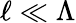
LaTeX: \ell\ll\Lambda